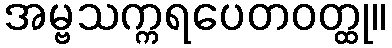
အမ္ဗသက္ကရပေတဝတ္ထု။